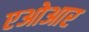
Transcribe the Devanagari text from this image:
एओआर